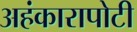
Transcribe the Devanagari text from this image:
अहंकारापोटी